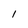
Character: 1